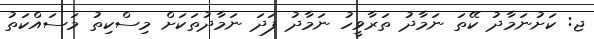
ޖ: ކަށުނަމާދު ކޭތަ ނަމާދު ތަރާވީހު ނަމާދު ފަދަ ނަމާދުތަކަށް މިސްކިތު މަސައްކަތު